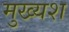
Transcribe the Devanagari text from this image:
मुख्यश